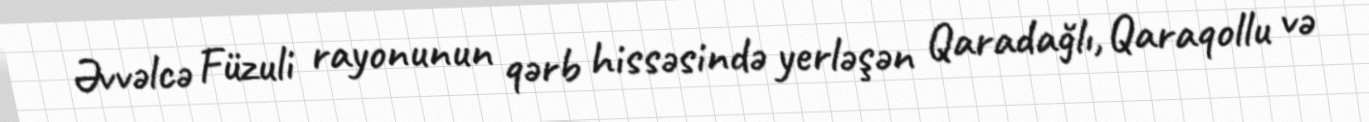
Əvvəlcə Füzuli rayonunun qərb hissəsində yerləşən Qaradağlı, Qaraqollu və